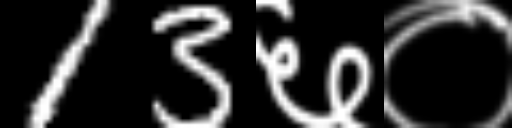
Text: 13६०